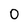
Character: O